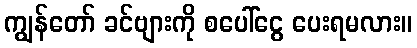
ကျွန်တော် ခင်ဗျားကို စပေါ်ငွေ ပေးရမလား။